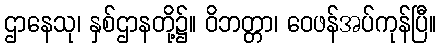
ဌာနေသု၊ နှစ်ဌာနတို့၌။ ဝိဘတ္တာ၊ ဝေဖန်အပ်ကုန်ပြီ။